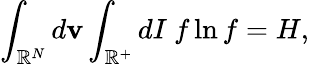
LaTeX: \int_{\mathbb{R}^{N}}d\textbf{v}\int_{\mathbb{R}^{+}}dI\ f\ln f=H,